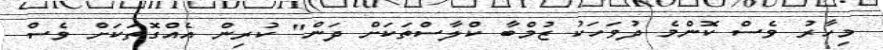
މިހާރު ވެސް ކޮންމެ ދުވަހަކު ޒުމްބާ ކްލާސްތަކަށް ދަން" ކުރިން އެއްގޮތަކަށް ވެސް